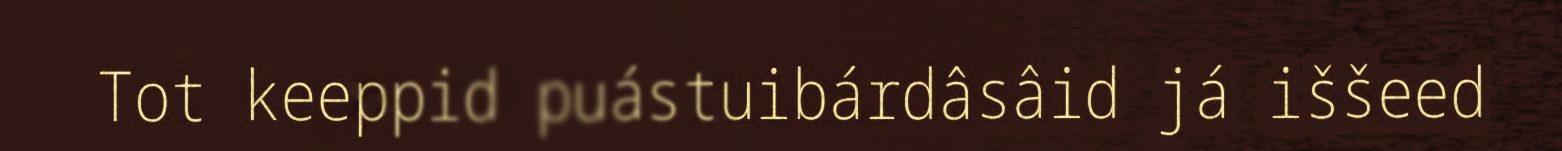
Tot keeppid puástuibárdâsâid já iššeed